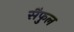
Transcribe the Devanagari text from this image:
सैफुल